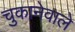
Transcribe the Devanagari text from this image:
चुकानेवाले